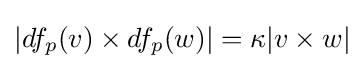
|df_{p}(v)\times df_{p}(w)|=\kappa |v\times w|